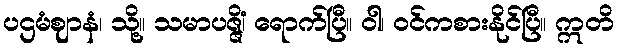
ပဌမံဈာနံ၊ သို့။ သမာပဇ္ဇိံ၊ ရောက်ပြီ။ ဝါ၊ ဝင်ကစားနိုင်ပြီ။ ဣတိ